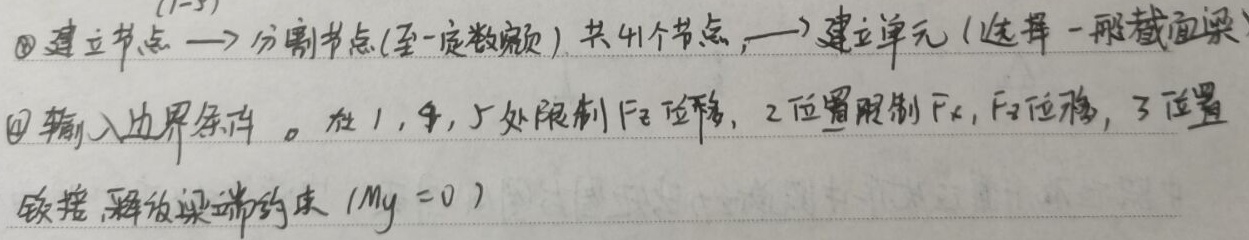
(1-3)\textcircled{3} 建立节点 $\longrightarrow$ 分割节点(至一定数量) 共41个节点，$\longrightarrow$ 建立单元 (选择一般截面梁)
\textcircled{4} 输入边界条件。在1，4，5处限制$F_z$位移，2位置限制$F_x$，$F_z$位移，3位置铰接，释放梁端约束 ($M_y = 0$)